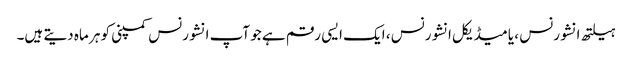
ہیلتھ انشورنس ، یا میڈیکل انشورنس ، ایک ایسی رقم ہے جو آپ انشورنس کمپنی کو ہر ماہ دیتے ہیں۔